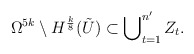
\begin{align*}\Omega^{5k} \setminus H^{\frac{k}{8}}(\tilde{U}) \subset \bigcup\nolimits^{n'}_{t=1} Z_t.\end{align*}